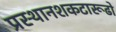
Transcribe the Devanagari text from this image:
प्रस्थानशकटारूढो